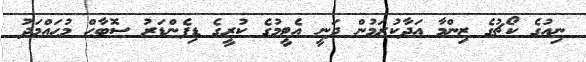
ނިއުގެ ކޯޗުގެ ޒިންމާ އަދާކުރަމުން ދަނީ އެޓީމުގެ ކުރީގެ ޑިފެންޑަރު ސޮބާޙް މުޙައްމަދު